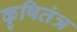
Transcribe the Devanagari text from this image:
कृषितंत्र